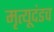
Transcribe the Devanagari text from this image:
मृत्यूदंडच